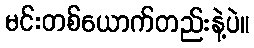
မင်းတစ်ယောက်တည်းနဲ့ပဲ။